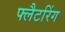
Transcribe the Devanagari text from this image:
फ्लैटरिंग